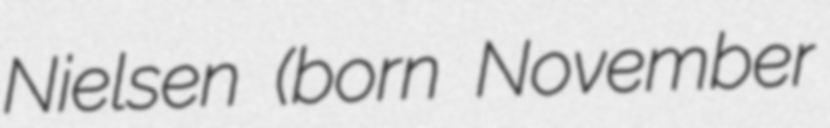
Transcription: Nielsen (born November